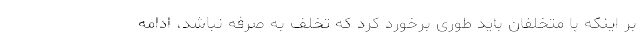
بر اینکه با متخلفان باید طوری برخورد کرد که تخلف به صرفه نباشد، ادامه